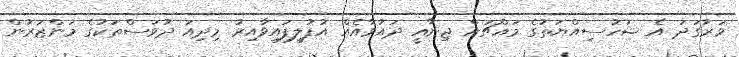
ވަރުގަދަ އެ ޝަހުސިއްޔަތުގެ މައްޗަށް ޖިނާއީ ދައުވާއެއް އުފުލިފައިވާއިރު މިދިއަ ދުވަސްތަކުގެ މަންޒަރުން